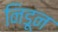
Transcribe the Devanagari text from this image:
निडून